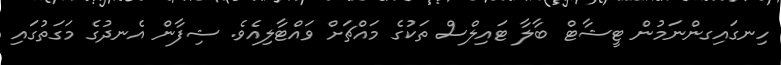
ހިނގައިގންނަމުން ޓީޝާޓް ބާލާ ޓައިލްސް ތަކުގެ މައްޗަށް ވައްޓާލިއެވެ. ޝިފާން އެނދުގެ މަގަތުގައި